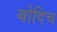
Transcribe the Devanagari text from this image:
बोदिच